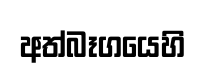
අත්බෑගයෙහි